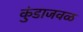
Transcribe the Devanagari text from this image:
कुंडाजवळ